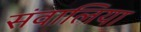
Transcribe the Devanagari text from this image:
संवालिया